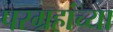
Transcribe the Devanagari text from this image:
परग्रहांच्या